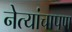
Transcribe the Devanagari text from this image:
नेत्यांचापण